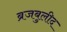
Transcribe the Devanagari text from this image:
ब्रजबुलीद